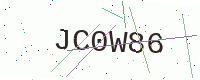
Text: JC0W86